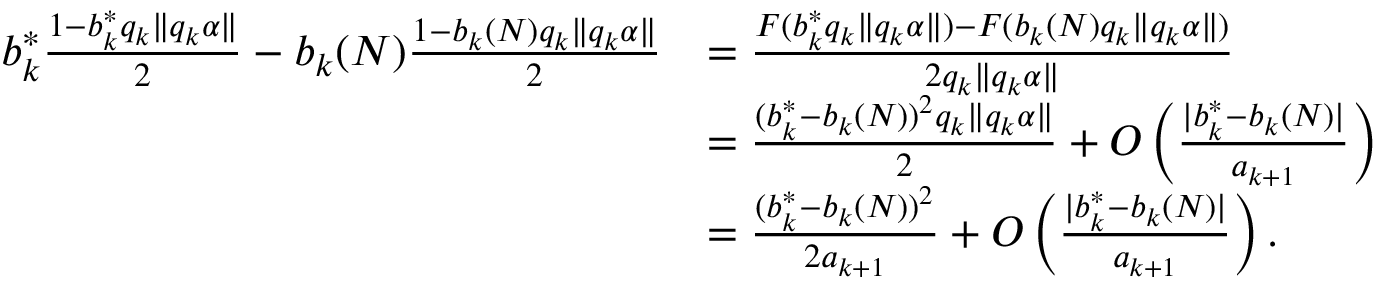
\begin{array} { r l } { b _ { k } ^ { * } \frac { 1 - b _ { k } ^ { * } q _ { k } \| q _ { k } \alpha \| } { 2 } - b _ { k } ( N ) \frac { 1 - b _ { k } ( N ) q _ { k } \| q _ { k } \alpha \| } { 2 } } & { = \frac { F ( b _ { k } ^ { * } q _ { k } \| q _ { k } \alpha \| ) - F ( b _ { k } ( N ) q _ { k } \| q _ { k } \alpha \| ) } { 2 q _ { k } \| q _ { k } \alpha \| } } \\ & { = \frac { ( b _ { k } ^ { * } - b _ { k } ( N ) ) ^ { 2 } q _ { k } \| q _ { k } \alpha \| } { 2 } + O \left( \frac { | b _ { k } ^ { * } - b _ { k } ( N ) | } { a _ { k + 1 } } \right) } \\ & { = \frac { ( b _ { k } ^ { * } - b _ { k } ( N ) ) ^ { 2 } } { 2 a _ { k + 1 } } + O \left( \frac { | b _ { k } ^ { * } - b _ { k } ( N ) | } { a _ { k + 1 } } \right) . } \end{array}